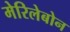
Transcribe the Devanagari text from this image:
मेरिलेबोन